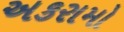
અકરામો